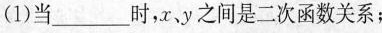
(1)当___时，x，y之间是二次函数关系；